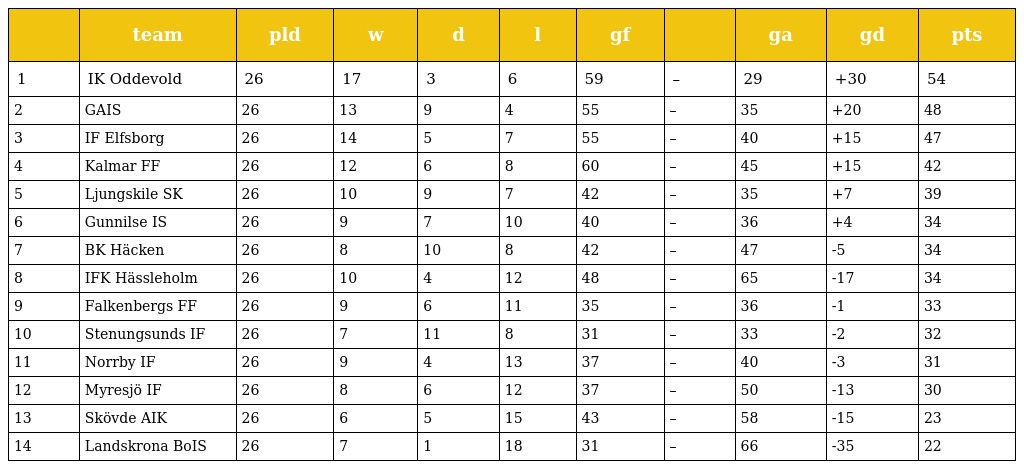
|  | team | pld | w | d | l | gf |  | ga | gd | pts |
 | --- | --- | --- | --- | --- | --- | --- | --- | --- | --- | --- |
 | 1 | IK Oddevold | 26 | 17 | 3 | 6 | 59 | – | 29 | +30 | 54 |
 | 2 | GAIS | 26 | 13 | 9 | 4 | 55 | – | 35 | +20 | 48 |
 | 3 | IF Elfsborg | 26 | 14 | 5 | 7 | 55 | – | 40 | +15 | 47 |
 | 4 | Kalmar FF | 26 | 12 | 6 | 8 | 60 | – | 45 | +15 | 42 |
 | 5 | Ljungskile SK | 26 | 10 | 9 | 7 | 42 | – | 35 | +7 | 39 |
 | 6 | Gunnilse IS | 26 | 9 | 7 | 10 | 40 | – | 36 | +4 | 34 |
 | 7 | BK Häcken | 26 | 8 | 10 | 8 | 42 | – | 47 | -5 | 34 |
 | 8 | IFK Hässleholm | 26 | 10 | 4 | 12 | 48 | – | 65 | -17 | 34 |
 | 9 | Falkenbergs FF | 26 | 9 | 6 | 11 | 35 | – | 36 | -1 | 33 |
 | 10 | Stenungsunds IF | 26 | 7 | 11 | 8 | 31 | – | 33 | -2 | 32 |
 | 11 | Norrby IF | 26 | 9 | 4 | 13 | 37 | – | 40 | -3 | 31 |
 | 12 | Myresjö IF | 26 | 8 | 6 | 12 | 37 | – | 50 | -13 | 30 |
 | 13 | Skövde AIK | 26 | 6 | 5 | 15 | 43 | – | 58 | -15 | 23 |
 | 14 | Landskrona BoIS | 26 | 7 | 1 | 18 | 31 | – | 66 | -35 | 22 |